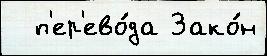
  п'ер'ево́да Зако́н